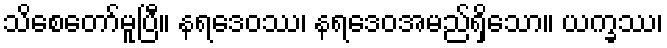
သိစေတော်မူပြီ။ နရဒေဝဿ၊ နရဒေဝအမည်ရှိသော။ ယက္ခဿ၊